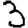
Digit: 3